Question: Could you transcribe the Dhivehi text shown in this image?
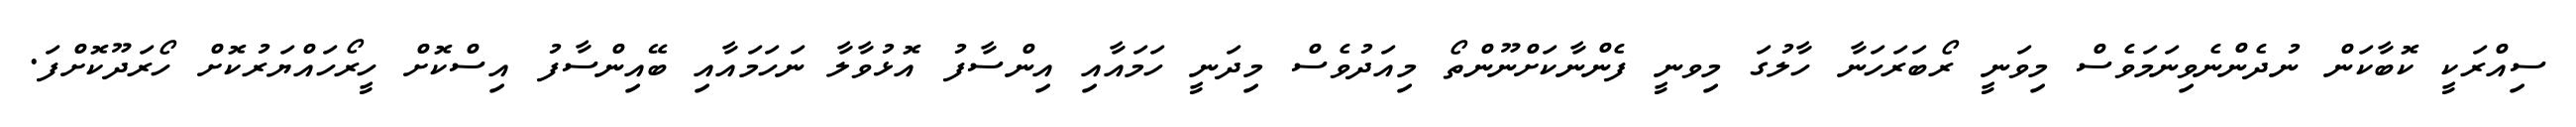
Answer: ސިއްރަކީ ކޮބާކަން ނުދެންނެވިނަމަވެސް މިވަނީ ރޯބަރަހަނާ ހާލުގަ މިވނީ ފެންނާކަށްނޫންތޯ މިއަދުވެސް މިދަނީ ހަމައާއި އިންސާފު އޮޅުވާލާ ނަހަމައާއި ބޭއިންސާފު އިސްކޮށް ހީރޯހައްޔަރުކޮށް ހޯރަދޫކޮށްފަ.